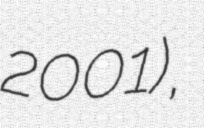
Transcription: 2001),